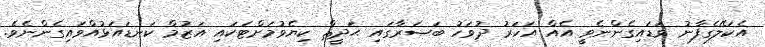
އެކަލޭގެފާނު ވަޑައިގެންނެވީ އެއް އަހަރު ދުވަހު ބަޞަރާގައި ޙަދީޘް ކިޔެވުމަށްޓަކައި އަޒުމް ކަނޑައަޅުއްވައިގެންނެވެ.